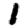
Digit: 1